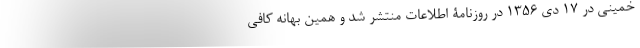
خمینی در 17 دی 1356 در روزنامۀ اطلاعات منتشر شد و همین بهانه کافی